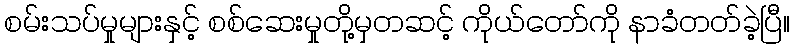
စမ်းသပ်မှုများနှင့် စစ်ဆေးမှုတို့မှတဆင့် ကိုယ်တော်ကို နာခံတတ်ခဲ့ပြီ။